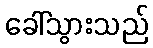
ခေါ်သွားသည်